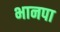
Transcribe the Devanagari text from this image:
भानपा